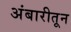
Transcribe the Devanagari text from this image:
अंबारीतून